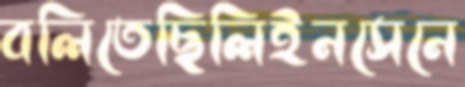
বলিতেছিলিইনসেনে